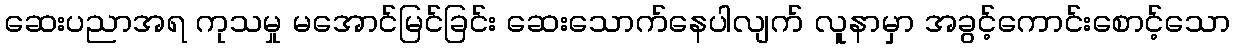
ဆေးပညာအရ ကုသမှု မအောင်မြင်ခြင်း ဆေးသောက်နေပါလျက် လူနာမှာ အခွင့်ကောင်းစောင့်သော